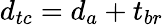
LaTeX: d_{tc}=d_{a}+t_{br}